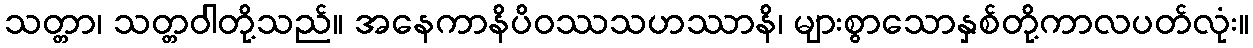
သတ္တာ၊ သတ္တဝါတို့သည်။ အနေကာနိပိဝဿသဟဿာနိ၊ များစွာသောနှစ်တို့ကာလပတ်လုံး။